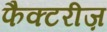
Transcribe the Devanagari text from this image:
फैक्टरीज़